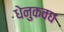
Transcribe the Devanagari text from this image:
धेनुकवध